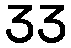
33